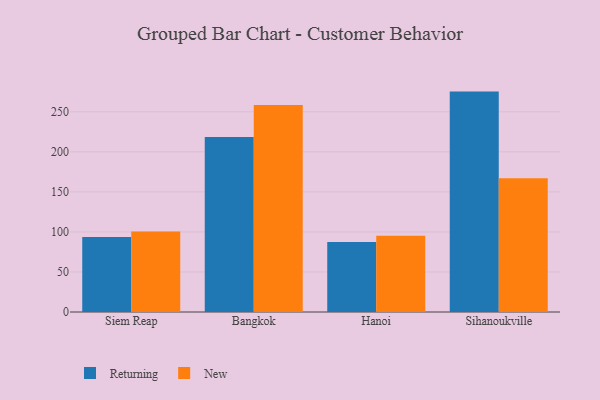
{"axis": {"x": "City", "y": "Temperature (°C)"}, "legend": ["New", "Returning"], "data": [{"x": "Siem Reap", "y": 93.6, "type": "Returning"}, {"x": "Siem Reap", "y": 100.4, "type": "New"}, {"x": "Bangkok", "y": 218.6, "type": "Returning"}, {"x": "Bangkok", "y": 258.5, "type": "New"}, {"x": "Hanoi", "y": 87.5, "type": "Returning"}, {"x": "Hanoi", "y": 95.3, "type": "New"}, {"x": "Sihanoukville", "y": 275.3, "type": "Returning"}, {"x": "Sihanoukville", "y": 167.0, "type": "New"}]}